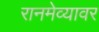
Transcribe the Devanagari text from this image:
रानमेव्यावर